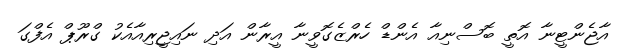
އާޖެންޓީނާ އޮތީ ބޮސްނިއާ އެންޑް ހެރްޒެގޮވީނާ އީރާން އަދި ނައިޖީރިއާއެކު ގްރޫޕް އެފްގަ